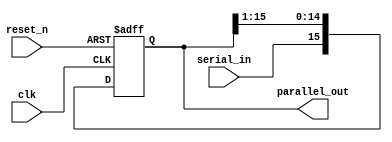

//Design a 16-bit serial-in-parallel-out shift register.


module shifter_s1p16(

	input clk,

	input reset_n,

	input serial_in,

	output reg [15:0] parallel_out

);

	always@(posedge clk or negedge reset_n)
		begin
			if(!reset_n)
				parallel_out <= 16'b0;
			else
				begin
					parallel_out <= (parallel_out>>1);
					parallel_out[15] <= serial_in;
				end
		end
endmodule